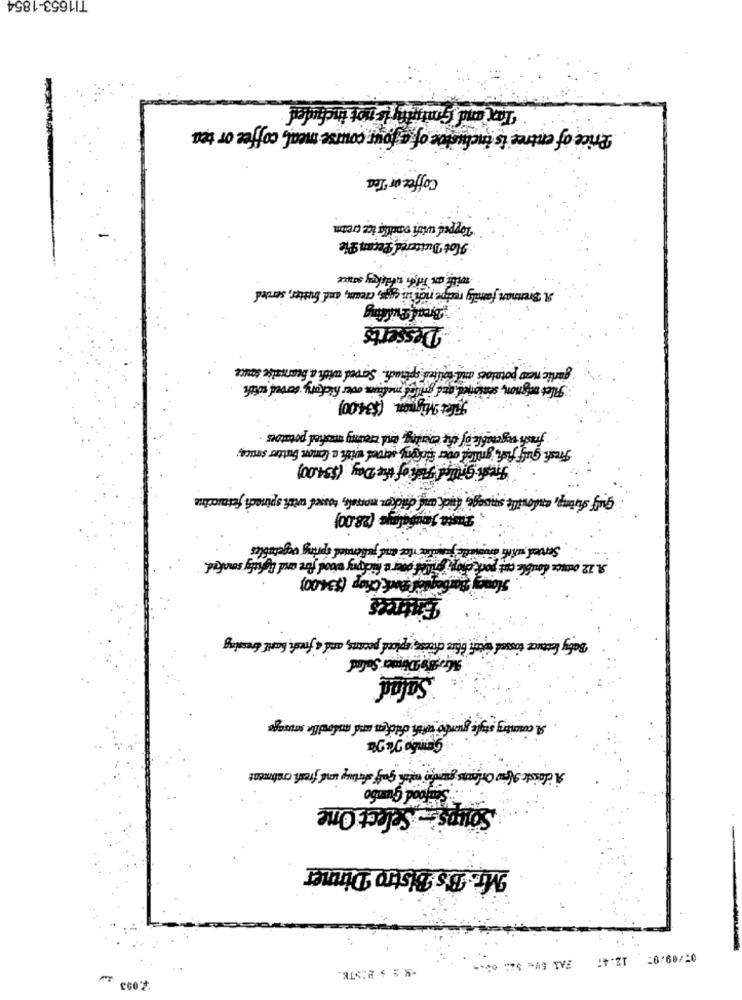
TI1653-1854
Tan and Gotuthyis not included
Price of entree is inclusive of a jour course meal, coffee or tea
Coffee or Tea
Topped with ondla ice cream
Hot Dustored Pecan Pie
with an Tilh whisky sauce
A Bremen family recipe rich in guys, cream, and butter, served
Bread Pudding
Desserts
garlic new potatoes and soilted spinachi. Sarved with a bearnaise sauce
Filet mignon, senioned que gullod medium over hickory, served softh
Filet Mignon ($34:00)
frach vegetable of the coming, and creamy mashed potatoes .
Fresh gulf fish, grilled over forkong served with a lemon butter sauce;
Fresh Grilled Fiche of the Day ($34.00)
gulf sunny, cudowille savage, fick auf chicken morale, tossed wist spinaci fettuccine
Pasta Joubalaye (28.00)
Served with arovedle justine the and julienned spring vegetables
grilleif doer t fickpry wood fire and Agholy smoked.
A. 12 omnes double cut port chop Prosed
Bentol shock Chop ($34.00)
Entrees
Baby lettuce tossed west blue cheese, upload pecans, and a fresh basil fresing
TAC PORRer Salad
Salad
SAL country style gumbo with chicken and mlouille sausage
A coste New Orleans jurk with gulf fortuy und freshi crabmeat
"Senfood Gumbo
Soups : Select One
Mr. B's Bistro Dinner
07/09/07 12:47 ZAS 5Wc SZA. 08 .-
2003